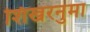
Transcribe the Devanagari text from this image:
शिखरनुमा